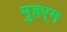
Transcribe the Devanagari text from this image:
मुहर्‍म